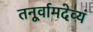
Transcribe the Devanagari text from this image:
तनूर्वामदेव्यं